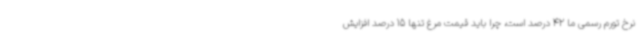
نرخ تورم رسمی ما 42 درصد است، چرا باید قیمت مرغ تنها 15 درصد افزایش